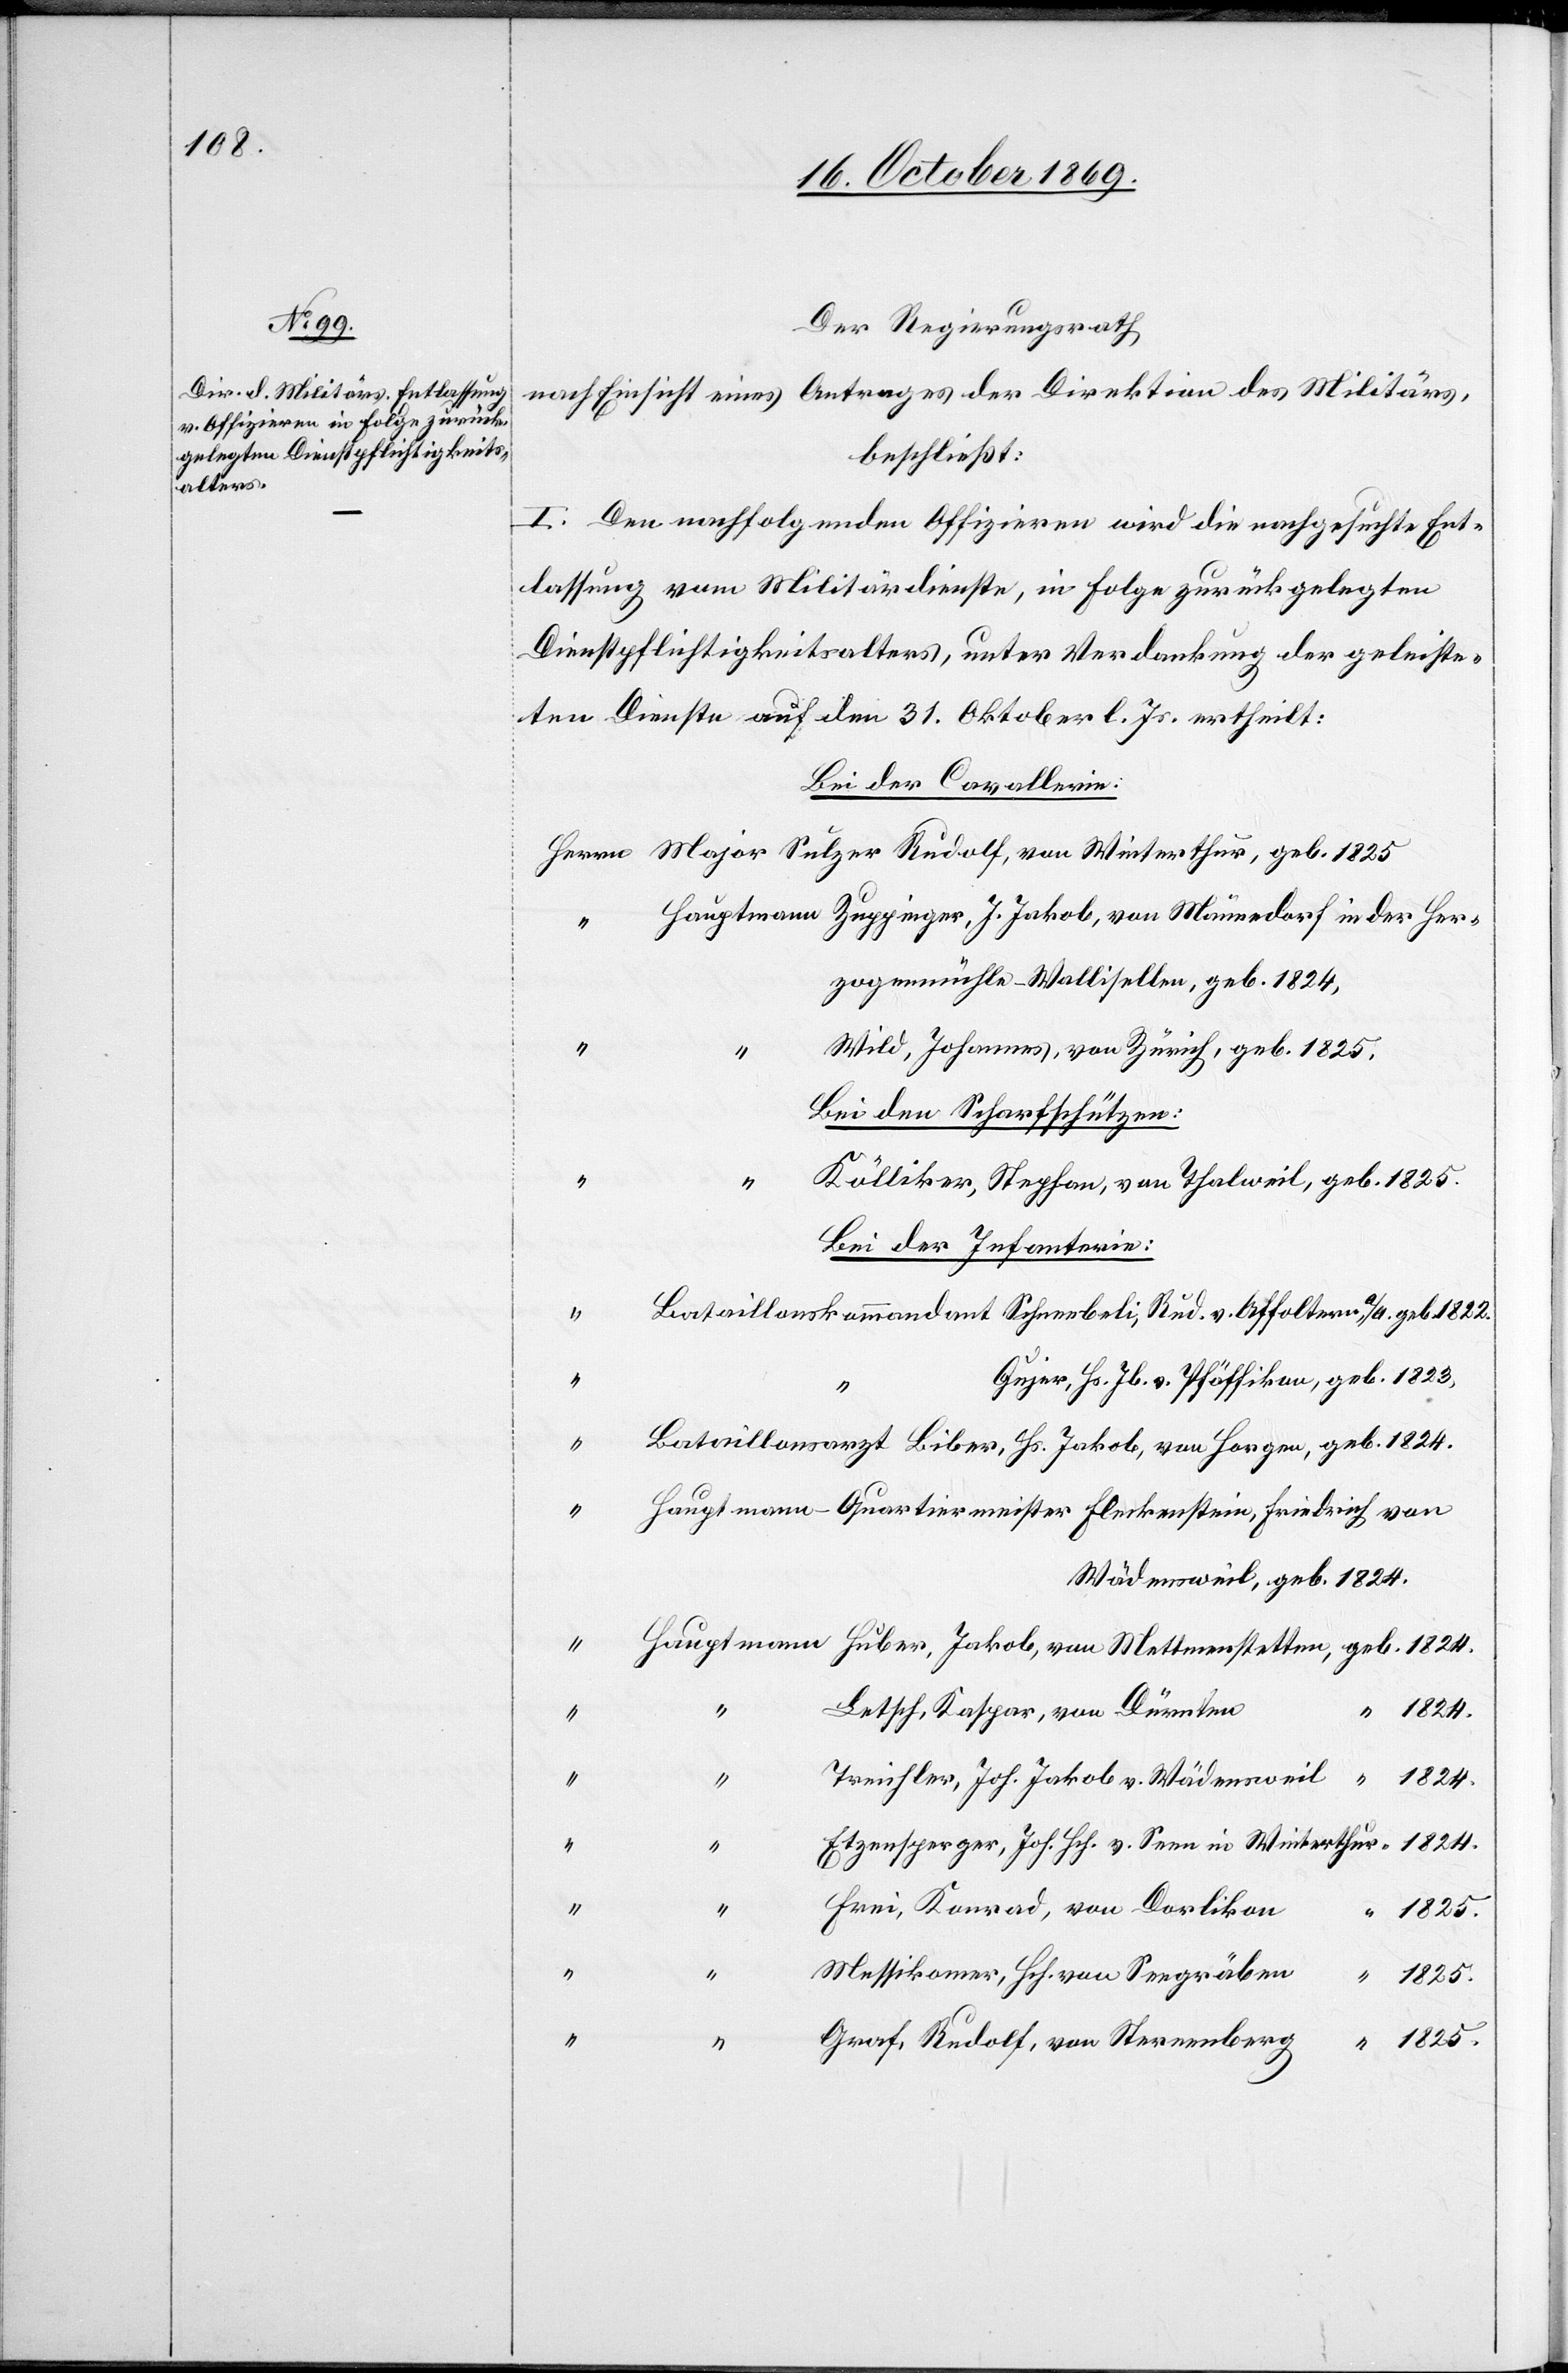
v.

Der Regierungsrath
nach Einsicht eines Antrages der Direktion des Militärs,
beschließt:
I. Den nachfolgenden Offizieren wird die nachgesuchte Ent¬
lassung vom Militärdienste, in Folge zurückgelegten
Dienstpflichtigkeitsalters, unter Verdankung der geleiste¬
ten Dienste auf den 31. Oktober l. Js. ertheilt:
Bei der Cavallerie:
zogenmühle - Wallisellen, geb. 1824,
“
Wild, Johannes, von Zürich, geb. 1825,
Bei den Scharfschützen:
Kölliker, Stephan, von Thalweil, geb. 1825.
Bei der Infanterie:
geb.
Gujer, Hs. Jb. v. Pfäffikon, geb. 1823,
Hauptmann-Quartiermeister Fleckenstein, Friedrich von
Wädensweil, geb. 1824.
Letsch, Kaspar, von Dürnten
“ 1824.
“
Treichler, Joh. Jakob v. Wädensweil
Etzensperger, Joh. Hch. v. Seen in Winterthur [geb.] 1824.
Frei, Konrad, von Dorlikon
1825.
Messikomer, Hch. von Seegräben
Graf, Rudolf, von Sternenberg
“ 1825.